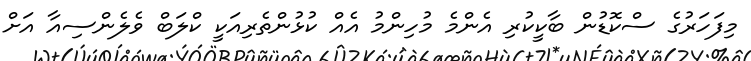
މިފަހަރުގެ ސްކޮޑުން ބާކީކުރި އެންމެ މުހިންމު އެއް ކުޅުންތެރިއަކީ ކްލަބް ވެލެންސިއާ އަށް